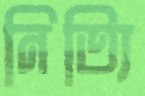
নিত্যি